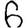
Digit: 6